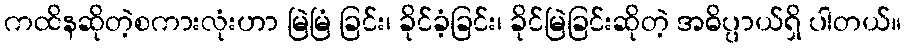
ကထိနဆိုတဲ့စကားလုံးဟာ မြဲမြံ ခြင်း၊ ခိုင်ခံ့ခြင်း၊ ခိုင်မြဲခြင်းဆိုတဲ့ အဓိပ္ပာယ်ရှိ ပါတယ်။